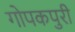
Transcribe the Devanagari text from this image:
गोपकपुरी